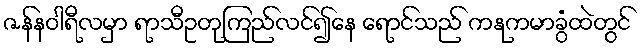
ဇန်နဝါရီလမှာ ရာသီဥတုကြည်လင်၍နေ ရောင်သည် ကနုကမာခွံထဲတွင်